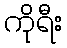
ကိုရီး